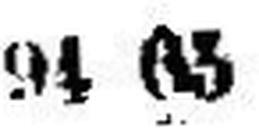
94 65